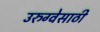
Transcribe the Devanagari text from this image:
उरुग्वेसाठी